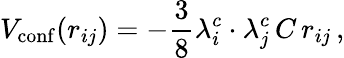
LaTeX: V_{\mathrm{conf}}(r_{ij})=-\frac{3}{8}\lambda_{i}^{c}\cdot\lambda_{j}^{c}\, C\, r_{ij}\, ,